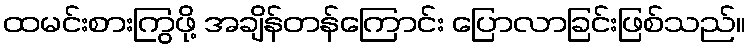
ထမင်းစားကြွဖို့ အချိန်တန်ကြောင်း ပြောလာခြင်းဖြစ်သည်။